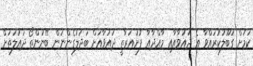
ކަމަށް ގަބޫލުކުރައްވާ އެ ދައުވާއާއި މާއްދާއާ ފުށުއަރާތީ ދައުވާއަށް ބަދަލުގެންނަން ބޭނުންތޯ ދައުލަތަށް